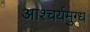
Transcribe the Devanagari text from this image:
आश्चर्यमुग्ध